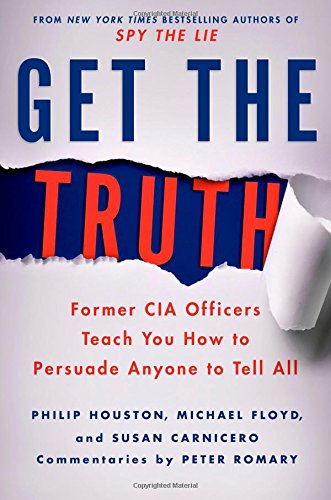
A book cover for Get the Truth: Former CIA Officers Teach You How to Persuade Anyone to Tell All; Philip Houston; Self-Help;